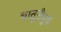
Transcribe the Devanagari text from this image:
चातुरीपूर्ण